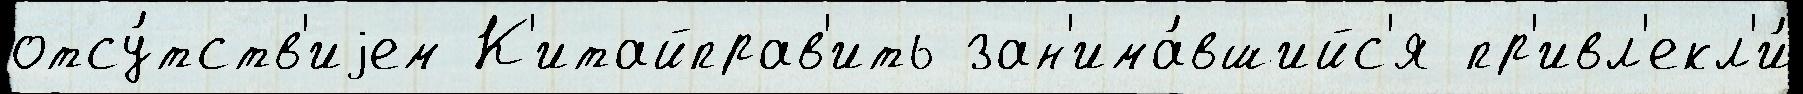
отсу́тств'иjем К'итайправ'ить зан'има́вшийс'я пр'ивл'екл'и́